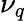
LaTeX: \nu_{q}